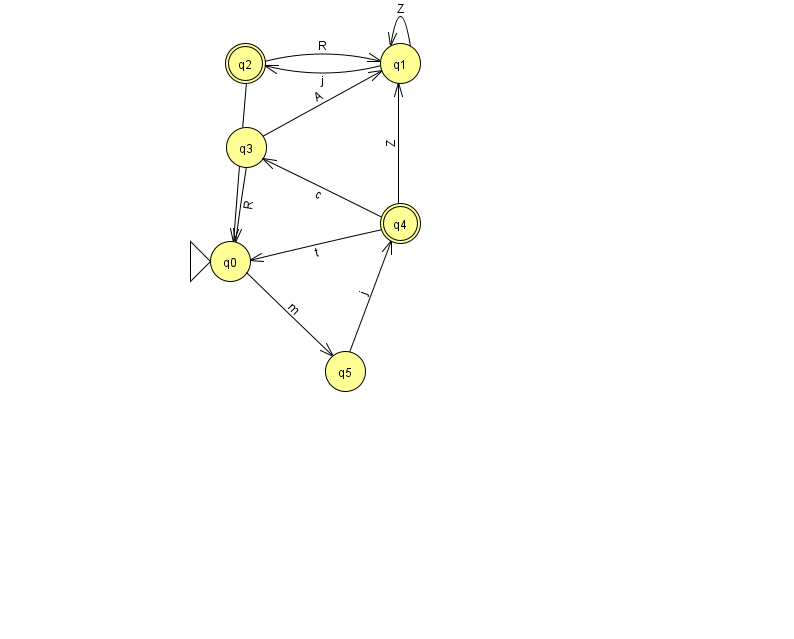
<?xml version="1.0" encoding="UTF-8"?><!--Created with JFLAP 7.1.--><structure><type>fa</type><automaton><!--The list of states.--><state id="0" name="q0"><x>230.0</x><y>248.0</y><initial/></state><state id="1" name="q1"><x>400.0</x><y>50.0</y></state><state id="2" name="q2"><x>245.0</x><y>50.0</y><final/></state><state id="3" name="q3"><x>246.0</x><y>134.0</y></state><state id="4" name="q4"><x>400.0</x><y>210.0</y><final/></state><state id="5" name="q5"><x>345.0</x><y>358.0</y></state><!--The list of transitions.--><transition><from>3</from><to>0</to><read>R</read></transition><transition><from>3</from><to>1</to><read>A</read></transition><transition><from>2</from><to>0</to><read>c</read></transition><transition><from>2</from><to>1</to><read>R</read></transition><transition><from>5</from><to>4</to><read>j</read></transition><transition><from>4</from><to>1</to><read>Z</read></transition><transition><from>0</from><to>5</to><read>m</read></transition><transition><from>4</from><to>0</to><read>t</read></transition><transition><from>1</from><to>1</to><read>Z</read></transition><transition><from>1</from><to>2</to><read>j</read></transition><transition><from>4</from><to>3</to><read>c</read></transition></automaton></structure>